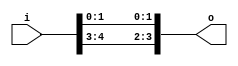
// This program was cloned from: https://github.com/NYU-MLDA/OpenABC
// License: BSD 3-Clause "New" or "Revised" License

module bsg_concentrate_static_1b
(
  i,
  o
);

  input [4:0] i;
  output [3:0] o;
  wire [3:0] o;
  assign o[3] = i[4];
  assign o[2] = i[3];
  assign o[1] = i[1];
  assign o[0] = i[0];

endmodule